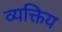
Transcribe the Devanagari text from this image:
व्यक्तिय